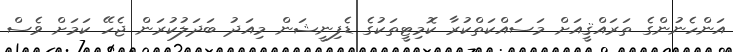
އަންހެނުންގެ ތަރައްޤީއަށް މަސައްކަތްކުރާ ކޮމިޓީތަކުގެ ޑެފިނީޝަން މިއަދު ބަދަލުކުރަން ޖެހޭ ކަމަށް ވެސް